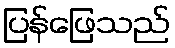
ပြန်ဖြေသည်